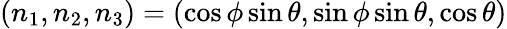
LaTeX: (n_{1},n_{2},n_{3})=(\cos\phi\sin\theta,\sin\phi\sin\theta,\cos\theta)